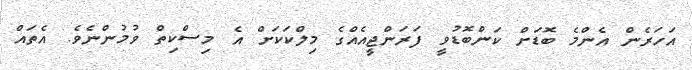
އަހަރެން އެންމެ ބޮޑަށް ކަންބޮޑުވީ ފަރަންޖީއެއްގެ މިލްކަކަށް އެ މިސްކިތް ވުމުންނެވެ. އެތައް